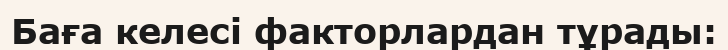
Баға келесі факторлардан тұрады: